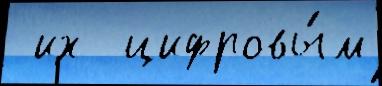
 их  цифровы́м